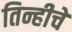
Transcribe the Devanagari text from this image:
तिन्हीचे